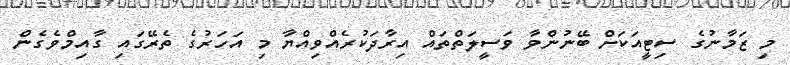
މި ޒަމާނުގެ ސިޓީއަކަށް ބޭނުންވާ ވަސީލަތްތައް އިރާދަކުރެއްވިއްޔާ މި އަހަރުގެ ތެރޭގައި ގާއިމްވެގެން